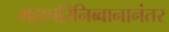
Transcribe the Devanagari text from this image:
महापरिनिब्बानानंतर